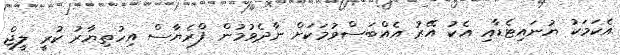
އެކަމަކު ޔުނައިޓެޑާއި އެކު އޭރު އެއްބަސްވުމަކަށް ނާދެވުމުން ފްރެޔާސް އިހުތިޔާރު ކުރީ ލީޖް